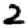
Digit: 2